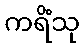
ကရိံသု